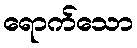
ရောက်သော